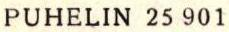
PUHELIN 25 901